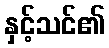
နှင့်သင်၏